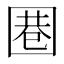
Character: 𱖃